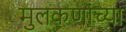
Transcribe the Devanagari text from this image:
मुलकणांच्या